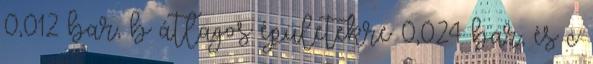
0,012 bar, b átlagos épületekre 0,024 bar, és c